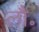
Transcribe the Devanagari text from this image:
लौ॰